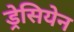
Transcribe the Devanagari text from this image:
ड्रेसियेन